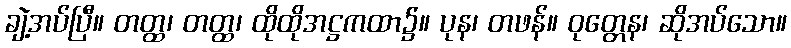
ချဲ့အပ်ပြီ။ တတ္ထ၊ တတ္ထ၊ ထိုထိုအဋ္ဌကထာ၌။ ပုန၊ တဖန်။ ဝုတ္တေန၊ ဆိုအပ်သော။